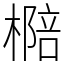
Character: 㯁